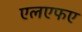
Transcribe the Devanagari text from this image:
एलएफए